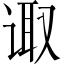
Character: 诹